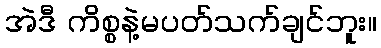
အဲဒီ ကိစ္စနဲ့မပတ်သက်ချင်ဘူး။